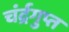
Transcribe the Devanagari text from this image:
चंर्द्रगुप्त